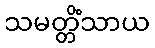
သမတ္တိံသာယ